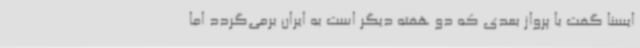
ایسنا گفت با پرواز بعدی که دو هفته دیگر است به ایران برمی‌گردد اما